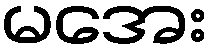
မအေး